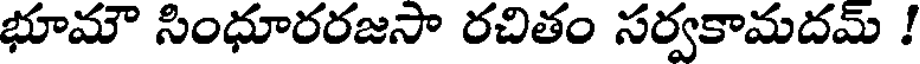
భూమౌ సింధూరరజసా రచితం సర్వకామదమ్ !